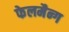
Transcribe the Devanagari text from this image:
फेलमैन्ग